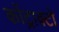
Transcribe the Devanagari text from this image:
कोंट्राक्टो